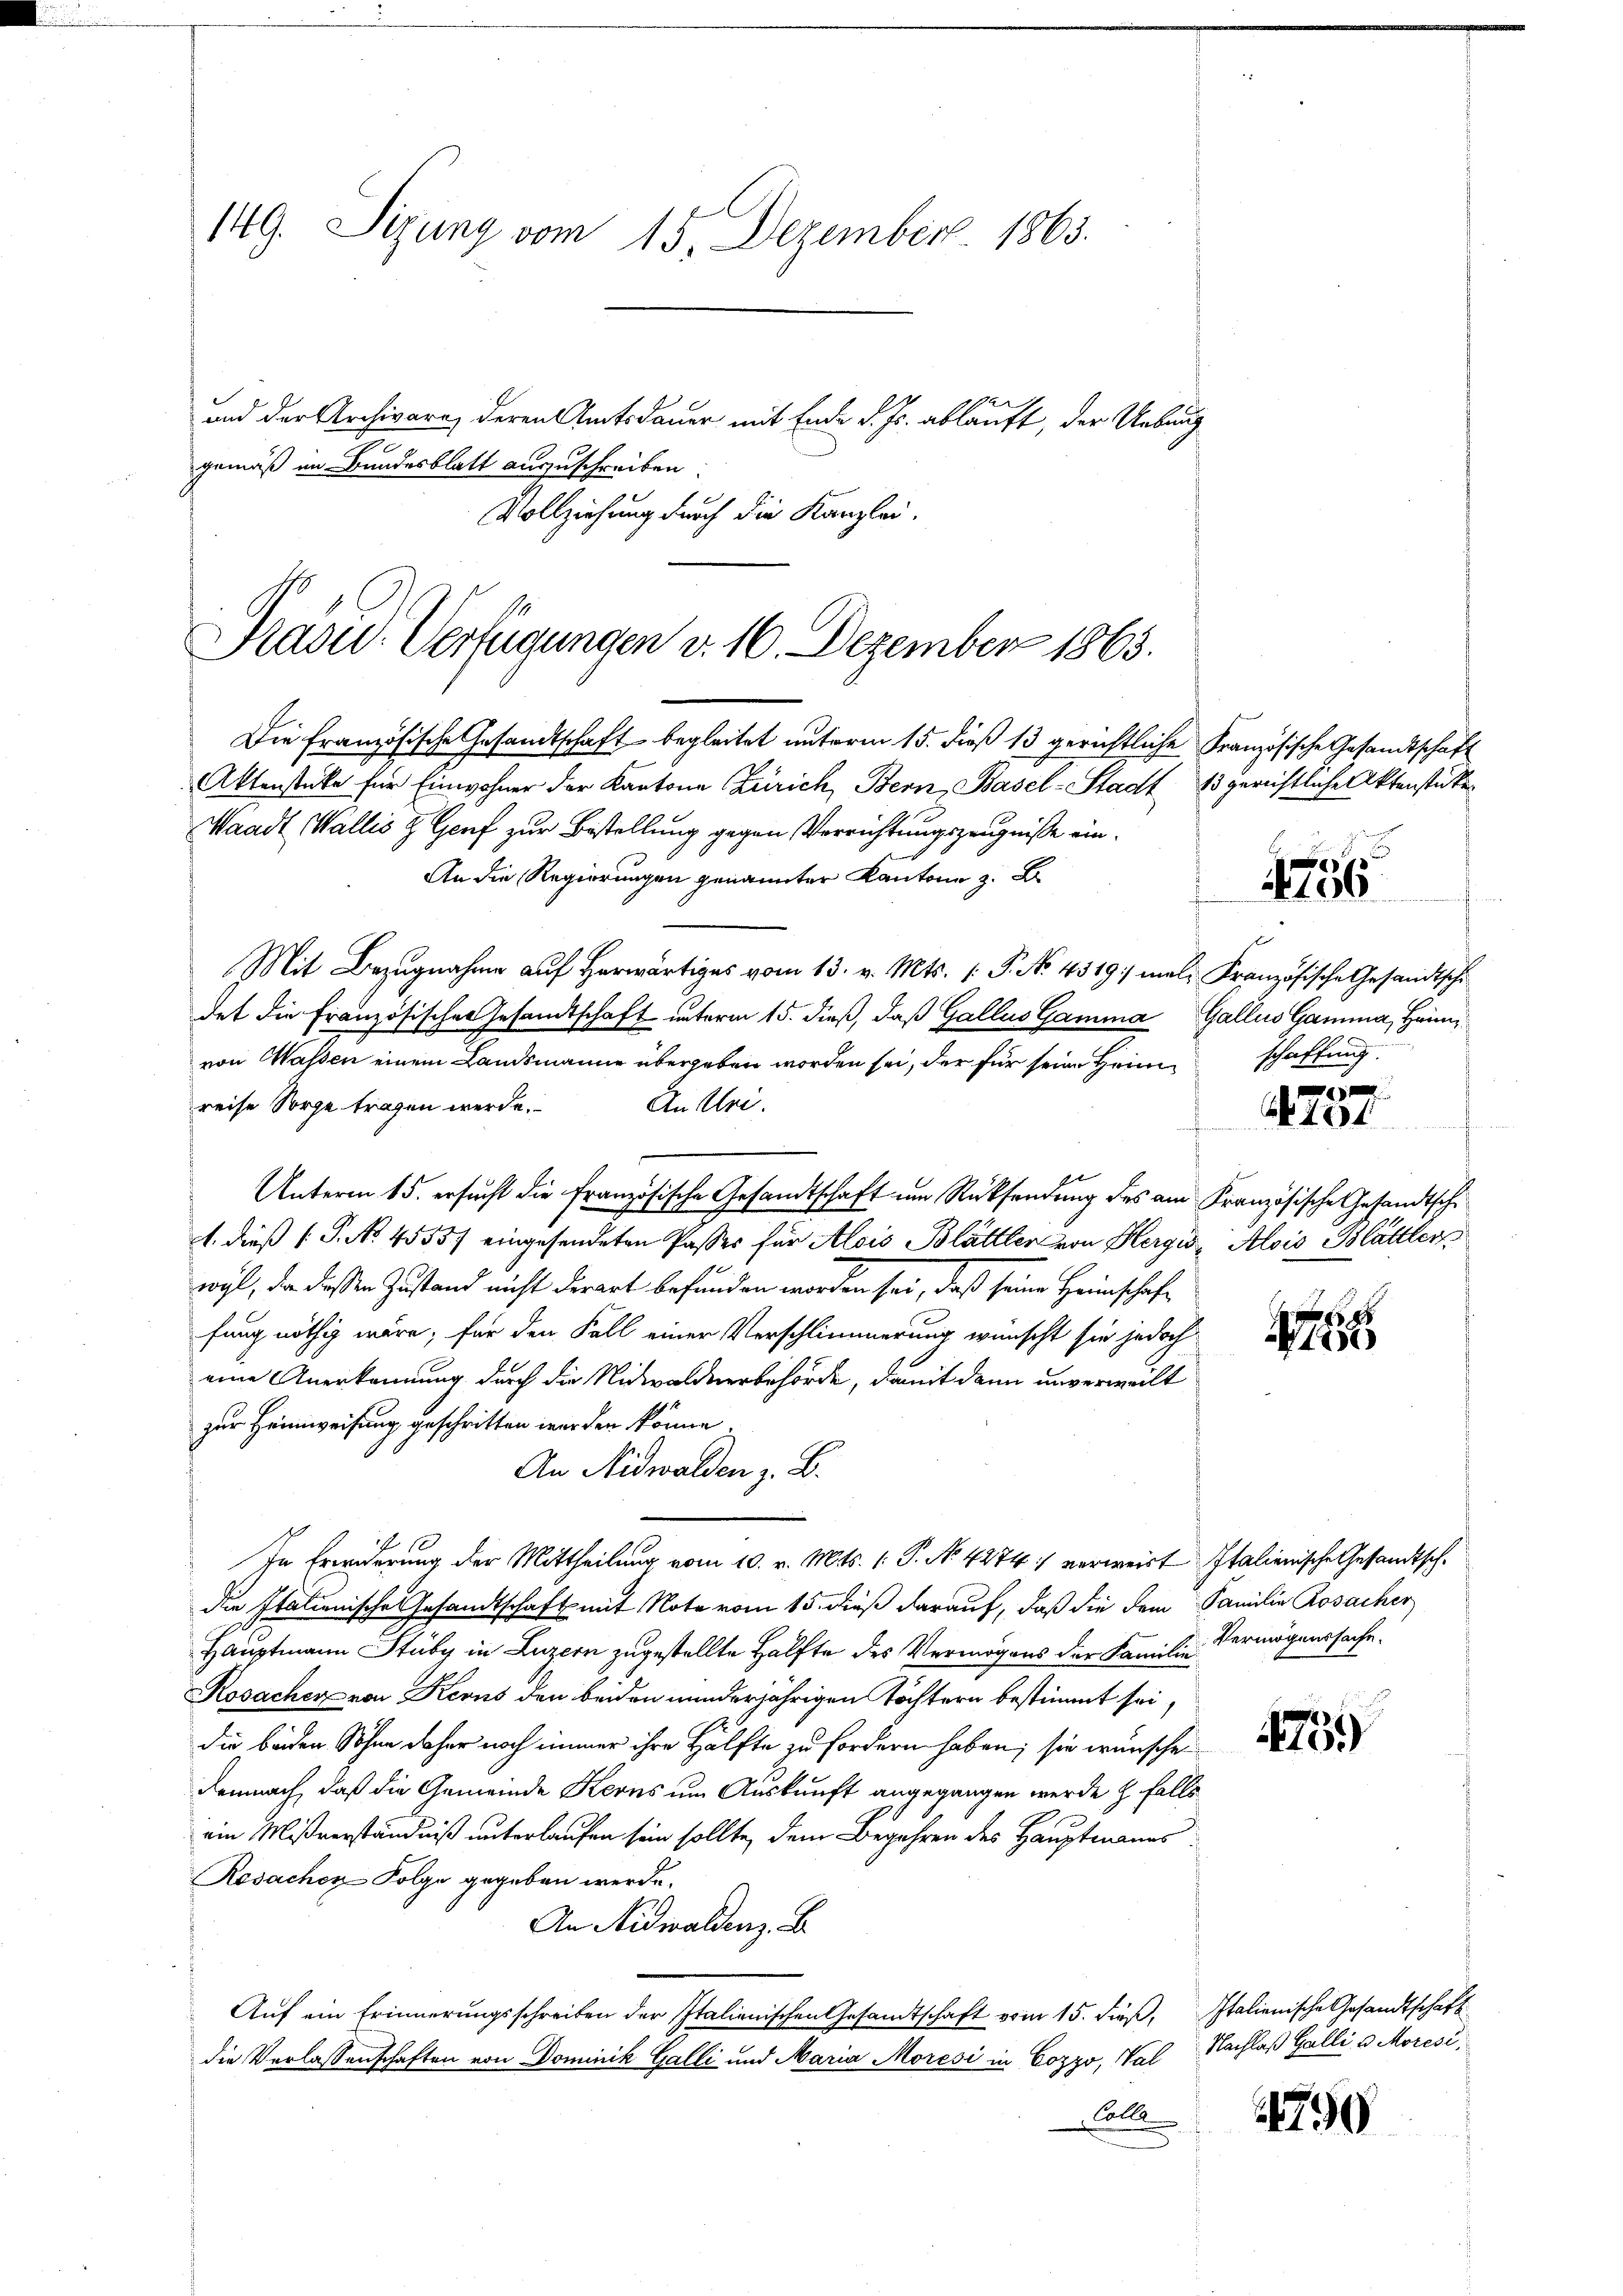
149. Sizung vom 15. Dezember 1863.

und der Archivare, deren Amtsdauer mit Ende d. Js. ablauft, der Uebung
7
gemäß im Bundesblatt auszuschreiben.
Vollziehung durch die Kanzlei.

Präsid. Verfügungen v. 16. Dezember 1863.

Die französische Gesandtschaft begleitet unterm 15. dieß 13 gerichtliche Französische Gesandtschaft
Aktenstüke für Einwohner der Kantone Zürich, Bern Basel-Stadt 13 gerichtliche Aktenstücke
Waadt, Wallis & Genf zur Bestellung gegen Verrichtungszeugnisse ein¬
An die Regierungen genannter Kantone z. B.
Mit Bezŭgnahme aŭf herwärtig vom 13. v. Mts. (: P. No. 4319:/ mal Französische Gesandtsche
det die Französisches Gesandtschaft unterm 15. dieß, daß Gallis Gamma Gallis Gamma, Heimvon Wassen einem Landsmanne übergeben worden sei, der für seine Heim
reise Sorge tragen werde.
An Uri.
Unterm 15. ersucht die Französische Gesandtschaft um Rücksendung des am Kranzösische Gesandtsche
1. dieß (P. No. 4555/ eingesendeten Passes für Alois Blättler von Hergi, Alois Blättler
wyl, der deßen Zustand nicht derart befunden worden sei, daß seine Heimschaft
fung nöthig wäre; für den Fall einer Verschlimmerung wünscht sie jedoch
eine Anerkennung durch die Nidwaldnerbehörde, damit dann unverweilt
zur Heimweisung geschritten werden könne.
An Nidwalden z. B.
10
In Erwiderung der Mittheilung vom 10. v. Mts. (: P. No. 4274: verweist Italienische Gesandtsche
die Stationische Gesandtschaft mit Note vom 15. dieß darauf, daß die dem Familie Kosacher
Hauptmann Stuby in Luzern zugestellte Hälfte des Vermögens der Familie Vermögenssache.
Kosacher von Kerns den beiden minderjährigen Töchtern bestimmt sei,
die beiden Sohne daher noch immer ihre Hälfte zu fordern haben; sie wünsche
Demnach, daß die Gemeinde Kerns um Auskunft angegangen werde z. Falls
ein Mißverständniß unterlaufen sein sollte, dem Begehren des Hauptmanns
Rosachen Folge gegeben werde.
An Nidwaldenz. B.
Auf ein Erinnerungsschreiben der Italienischen Gesamtschaft vom 15. dieß, Italienische Gesandtschaft
die Verlassenschaften von Dominik Galli und Maria Moresi in Cozzo, Val Nachlaß Galli u. Moresi
Colle

72

s
schaffung.

e
Ao. 184

4
12)

1759

790